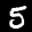
Label: 5